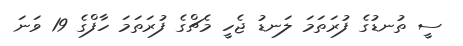
ސީ ތުނޑުގެ ފުރަތަމަ ލަނޑު ޖެހީ މެޗްގެ ފުރަތަމަ ހާފްގެ 19 ވަނަ